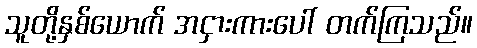
သူတို့နှစ်ယောက် အငှားကားပေါ် တက်ကြသည်။